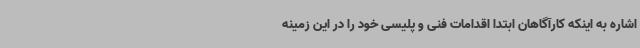
اشاره به اینکه کارآگاهان ابتدا اقدامات فنی و پلیسی خود را در این زمینه